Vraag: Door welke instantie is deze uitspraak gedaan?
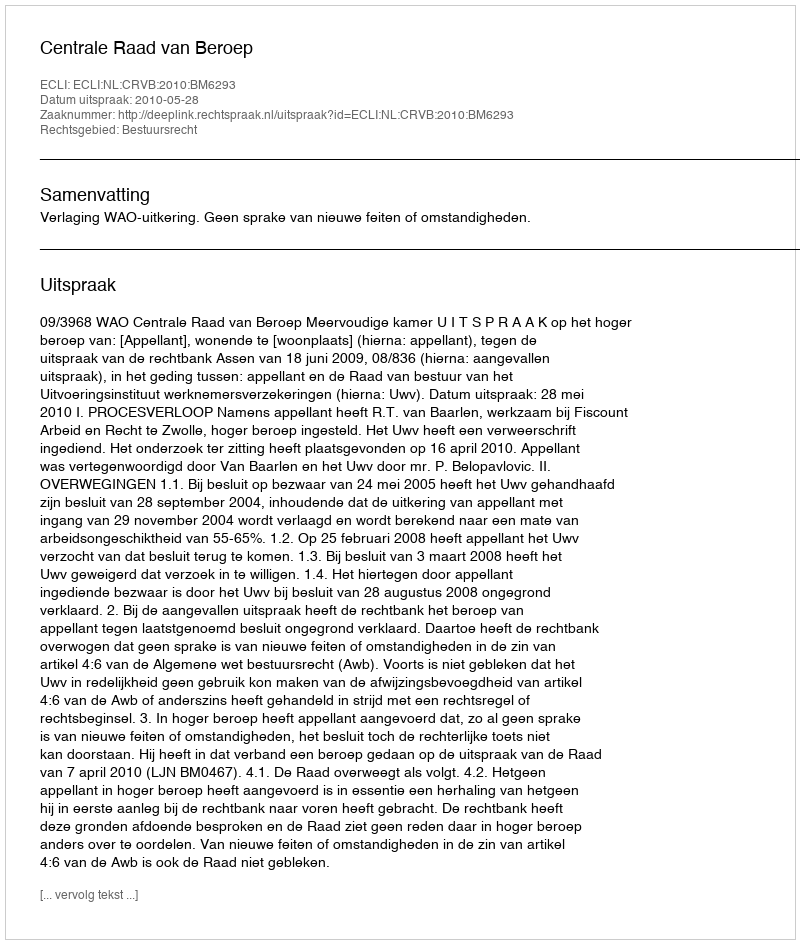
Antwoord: Centrale Raad van Beroep